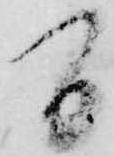
間